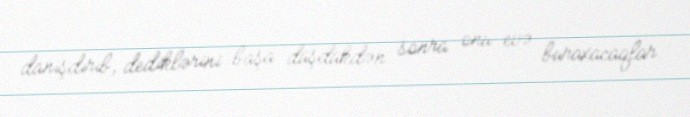
danışdırıb, dediklərini başa düşdükdən sonra onu evə buraxacaqlar.